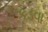
કડવા